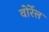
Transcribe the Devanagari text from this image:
वोर्रेल